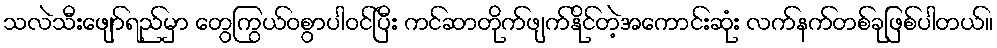
သလဲသီးဖျော်ရည်မှာ တွေကြွယ်ဝစွာပါဝင်ပြီး ကင်ဆာတိုက်ဖျက်နိုင်တဲ့အကောင်းဆုံး လက်နက်တစ်ခုဖြစ်ပါတယ်။